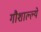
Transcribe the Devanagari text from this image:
गौशाल्ल्ये